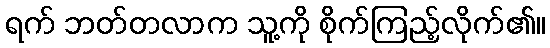
ရက် ဘတ်တလာက သူ့ကို စိုက်ကြည့်လိုက်၏။